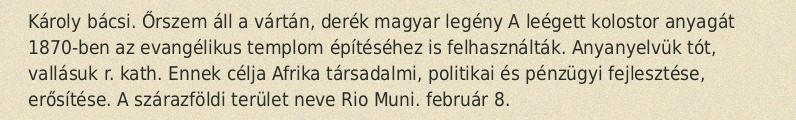
Károly bácsi. Őrszem áll a vártán, derék magyar legény A leégett kolostor anyagát 1870-ben az evangélikus templom építéséhez is felhasználták. Anyanyelvük tót, vallásuk r. kath. Ennek célja Afrika társadalmi, politikai és pénzügyi fejlesztése, erősítése. A szárazföldi terület neve Rio Muni. február 8.